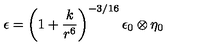
\epsilon = \left( 1 + \frac { k } { r ^ { 6 } } \right) ^ { - 3 / 1 6 } \epsilon _ { 0 } \otimes \eta _ { 0 }